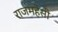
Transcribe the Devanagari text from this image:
राजमहेसी